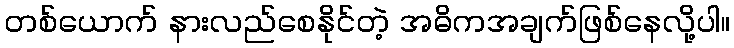
တစ်ယောက် နားလည်စေနိုင်တဲ့ အဓိကအချက်ဖြစ်နေလို့ပါ။